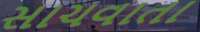
સાચવાતા